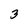
Character: 3